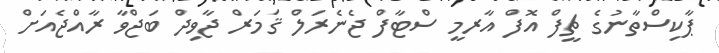
ޕާކިސްތާނުގެ ޗީފް އޮފް އާރމީ ސްޓާފް ޖެނެރަލް ޤަމަރް ޖާވިދް ބަޖްވާ ރާއްޖެއަށް